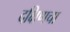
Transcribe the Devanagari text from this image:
दक्षिणचा